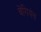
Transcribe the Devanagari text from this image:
वेंगियंस